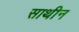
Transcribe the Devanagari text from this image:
साथीन